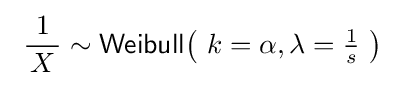
\ {\frac {\ 1\ }{X}}\sim {\textsf {Weibull}}\!\left(\ k=\alpha ,\lambda ={\tfrac {1}{s}}\ \right)\